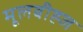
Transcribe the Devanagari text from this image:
मूलबीह्ज